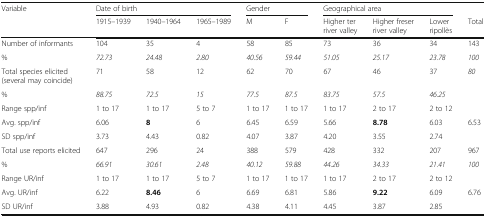
<table><thead><tr><td rowspan="2"><b>Variable</b></td><td colspan="3"><b>Date of birth</b></td><td colspan="2"><b>Gender</b></td><td colspan="3"><b>Geographical area</b></td><td></td></tr><tr><td><b>1915–1939</b></td><td><b>1940–1964</b></td><td><b>1965–1989</b></td><td><b>M</b></td><td><b>F</b></td><td><b>Higher ter river valley</b></td><td><b>Higher freser river valley</b></td><td><b>Lower ripollès</b></td><td><b>Total</b></td></tr></thead><tbody><tr><td>Number of informants</td><td>104</td><td>35</td><td>4</td><td>58</td><td>85</td><td>73</td><td>36</td><td>34</td><td>143</td></tr><tr><td>%</td><td><i>72.73</i></td><td><i>24.48</i></td><td><i>2.80</i></td><td><i>40.56</i></td><td><i>59.44</i></td><td><i>51.05</i></td><td><i>25.17</i></td><td><i>23.78</i></td><td><i>100</i></td></tr><tr><td>Total species elicited (several may coincide)</td><td>71</td><td>58</td><td>12</td><td>62</td><td>70</td><td>67</td><td>46</td><td>37</td><td><i>80</i></td></tr><tr><td>%</td><td><i>88.75</i></td><td><i>72.5</i></td><td><i>15</i></td><td><i>77.5</i></td><td><i>87.5</i></td><td><i>83.75</i></td><td><i>57.5</i></td><td><i>46.25</i></td><td></td></tr><tr><td>Range spp/inf</td><td>1 to 17</td><td>1 to 17</td><td>5 to 7</td><td>1 to 17</td><td>1 to 17</td><td>1 to 17</td><td>2 to 17</td><td>2 to 12</td><td></td></tr><tr><td>Avg. spp/inf</td><td>6.06</td><td><b>8</b></td><td>6</td><td>6.45</td><td>6.59</td><td>5.66</td><td><b>8.78</b></td><td>6.03</td><td>6.53</td></tr><tr><td>SD spp/inf</td><td>3.73</td><td>4.43</td><td>0.82</td><td>4.07</td><td>3.87</td><td>4.20</td><td>3.55</td><td>2.74</td><td></td></tr><tr><td>Total use reports elicited</td><td>647</td><td>296</td><td>24</td><td>388</td><td>579</td><td>428</td><td>332</td><td>207</td><td>967</td></tr><tr><td>%</td><td><i>66.91</i></td><td><i>30.61</i></td><td><i>2.48</i></td><td><i>40.12</i></td><td><i>59.88</i></td><td><i>44.26</i></td><td><i>34.33</i></td><td><i>21.41</i></td><td><i>100</i></td></tr><tr><td>Range UR/inf</td><td>1 to 17</td><td>1 to 17</td><td>5 to 7</td><td>1 to 17</td><td>1 to 17</td><td>1 to 17</td><td>2 to 17</td><td>2 to 12</td><td></td></tr><tr><td>Avg. UR/inf</td><td>6.22</td><td><b>8.46</b></td><td>6</td><td>6.69</td><td>6.81</td><td>5.86</td><td><b>9.22</b></td><td>6.09</td><td>6.76</td></tr><tr><td>SD UR/inf</td><td>3.88</td><td>4.93</td><td>0.82</td><td>4.38</td><td>4.11</td><td>4.45</td><td>3.87</td><td>2.85</td><td></td></tr></tbody></table>